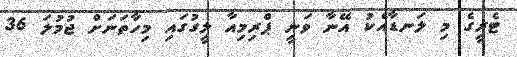
ޓެރީގެ މި ލަނޑާއެކު އޭނާ ވަނީ ޕްރިމިއާ ލީގުގައި މިހާތަނަށް ޖުމުލަ 36